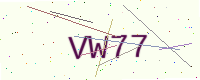
Text: VW77